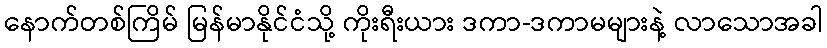
နောက်တစ်ကြိမ် မြန်မာနိုင်ငံသို့ ကိုးရီးယား ဒကာ-ဒကာမများနဲ့ လာသောအခါ